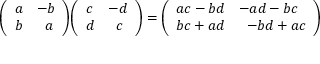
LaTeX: { \left( \begin{array} { l l } { a } & { - b } \\ { b } & { \; \; a } \end{array} \right) } { \left( \begin{array} { l l } { c } & { - d } \\ { d } & { \; \; c } \end{array} \right) } = { \left( \begin{array} { l l } { a c - b d } & { - a d - b c } \\ { b c + a d } & { \; \; - b d + a c } \end{array} \right) }